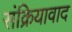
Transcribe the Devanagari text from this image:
संक्रियावाद